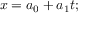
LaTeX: x = a _ { 0 } + a _ { 1 } t ; \,